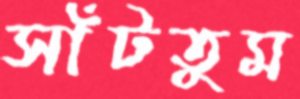
সাঁটতুম